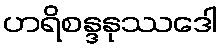
ဟရိစန္ဒနုဿဒေါ